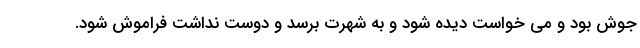
جوش بود و می خواست دیده شود و به شهرت برسد و دوست نداشت فراموش شود.